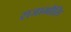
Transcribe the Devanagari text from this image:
राजामौलि